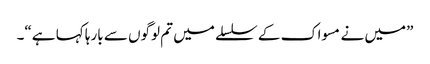
”میں نے مسواک کے سلسلے میں تم لوگوں سے بارہا کہا ہے“۔